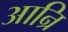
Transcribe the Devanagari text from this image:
आन्रि